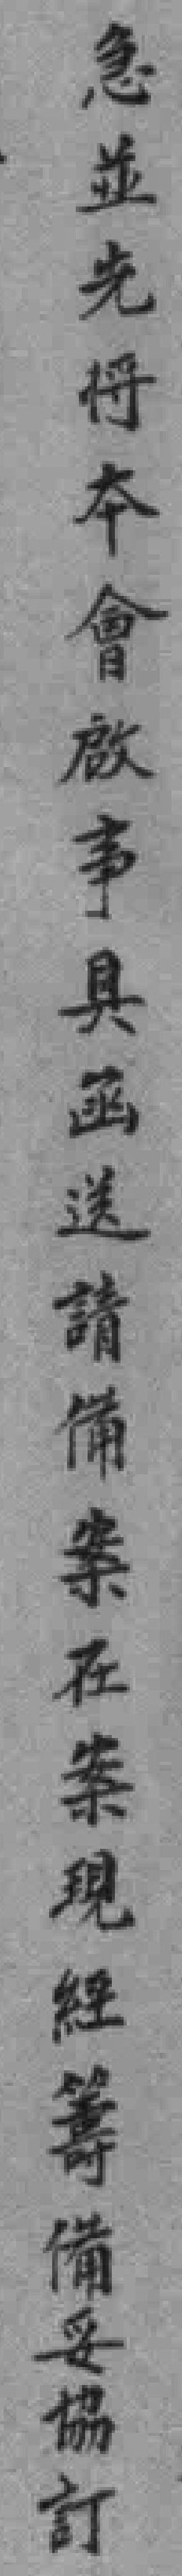
急並先将本會啟事具函送請備案在案現經籌備妥協訂